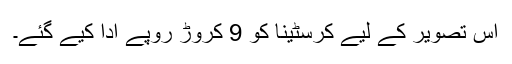
اس تصویر کے لیے کرسٹینا کو 9 کروڑ روپے ادا کیے گئے۔